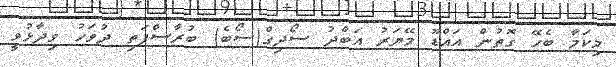
މިކަމާ ބެހޭ ގޮތުން އައްޑޫ މޭޔަރު އަބްދު ސޯދިގް(ސޯބެ) ބުރާސްފަތި ދުވަހު ވިދާޅުވީ